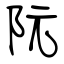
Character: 阮